Medical and sanitary report of the native army of Bengal for the year
Year: 1877
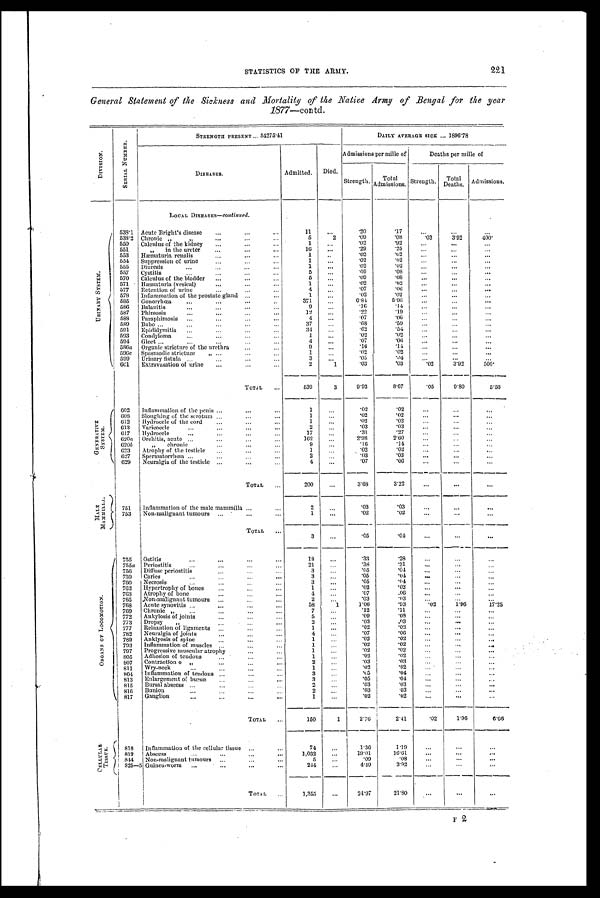
STATISTICS OF THE ARMY.
221
General Statement of the Sickness and Mortality of the Native Army of Bengal for the year
1877—contd.
D I V I S I O N .
S E R I A L N U M B E R .
S T R E N G T H P R E S E N T . . . 5 4 2 7 5 . 4 1
DAILY AVERAGE SICK ... 1896.78
Admissions per mille of
Deaths per mille of
DISEASES.
Admitted. Died.
Strength.
T o t a l A d m i s s i o n s .
Strength.
T o t a l D e a t h s . Admissions.
LOCAL DISEASES-continued.
U R I M A R Y S Y S T E M . 538.1 Acute Bright's disease...
. . .
11 ...
. 2 0
. 1 7 . . .
...
. . .
538.2 Chronic " " ...
...
. . .
5
2
. 0 9
. 0 8 . 0 3
3.92
4 0 0 .
550 Calculus of the kidney ...
. . .
. . .
1
. . .
. 0 2
. 9 2 . . .
. . .
...
551
" in the urcter . . .
. . .
. . .
16
. . .
. 2 9
. 2 5 . . .
...
...
553 Hæmaturia renalis
...
...
. . .
1 ...
. 0 2
. 0 2 . . .
. . .
. . .
554 Suppression of urine
...
. . .
1
. . .
. 0 2
. 0 2
. . .
. . .
...
555 Diuresis
...
...
...
...
1
. . .
. 0 2
. 0 2 . . .
...
...
557 Cystitis
... . . .
. . .
5 ...
. 0 9
. 0 8
...
. . .
. . .
570 Calculus of the bladder ...
...
. . .
5 ...
. 0 9
. 0 8 . . .
. . .
. . .
571 Hæmaturia (vesical)
...
...
...
1
. . .
. 0 2
. 0 2
. . .
...
...
577 Retention of urine
. . .
4 ...
. 0 7
. 0 6
...
. . .
. . .
578 Inflammation of the prostate gland ...
...
1 ...
. 0 2
. 0 2 . . .
. . .
. . .
585 Gonorrhœa ......
..
371 ...
6.84
5 . 9 6
. . .
. . .
. . .
586 Balanitis
... . . .
. . .
. . .
9
. . .
. 1 6
. 1 4 . . .
...
. . .
587 Phimosis
. . . .
. . .
...
12 ...
. 2 2
. 1 9 . . .
. . .
...
588 Paraphimosis ......
. . .
4 ...
. 0 7
. 0 6 . . .
. . .
. . .
589 Bubo ...
...
. . .
. . .
...
37 ...
. 6 8
. 5 9 . . .
. . .
...
591 Epididymitis
. . .
. . .
...
34
. . .
.62
. 5 4 . . .
. . .
. . .
593 Condyloma
. . .
. . .
. . .
...
1 ...
. 0 2
. 0 2 . . .
. . .
. . .
594 Gleet ...
...
. . .
...
4 ...
. 0 7
. 0 6 . . .
. . .
. . .
586a Organic stricture of the urethra
. . .
...
9 ...
. 1 6
. 1 4
. . .
. . .
. . .
596c Spasmodic stricture " ...
. . .
1 ...
. 0 2
. 0 2 . . .
. . .
. . .
599 Urinary fistula
. . .
...
. . .
3 ...
. 0 5
. 0 4 . . .
. . .
. . .
661 Extravasation of urine ... . . .
...
2
1
. 0 3
. 0 3 . 0 2
3.92
500.
T O T A L . . .
539
3
9.93
8.67
. 0 5
0.80
5.56
G E N E R A T I V E S Y S T E M .
602 Inflammation of the penis ...
...
...
1
. . .
. 0 2
. 0 2
. . .
. . .
...
608 Sloughing of the scrotum
...
. . .
1
. . .
. 0 2
. 0 2 . . .
. . .
. . .
612
H y d r o c e l e o f t h e c o r d
. . .
. . .
. . .
1
. . .
. 0 2
. 0 2
. . .
. . .
...
613 Varicocele . . .
. . .
...
2
. . .
. 0 3
. 0 3
. . .
. . .
. . .
617 Hydrocele
...
. . .
17
. . .
. 3 1
. 2 7 . . .
. . .
...
620a Orchitis, acute ...
...
. . .
. . .
162
. . . 2.98
2.60
. . .
. . .
. . .
620b " chronic
...
. . .
9 ...
. 1 6
. 1 4 . . .
. . .
. . .
623 Atrophy of the testicle
. . .
. . .
1
. . .
. 0 2
. 0 2
...
...
...
627 Spermatorrhœa ...
...
. . .
2
. . .
. 0 3
. 0 3
...
. . .
...
629 Neuralgia of the testicle ...
. . .
. . .
4
. . .
. 0 7
. 0 6 . . .
. . .
. . .
T O T A L . . .
200
. . . 3.68
3.22
. . .
. . .
. . .
M A L E M A M M I L L A . 751 Inflammation of the male mammilla ...
. . .
2
. . .
. 0 3
. 0 3 . . .
...
. . .
753 Non-malignant tumours ... . . . .
. . .
1 ...
. 0 2
. 0 2 . . .
. . .
. . .
TOTAL
. . .
3 ...
. 0 5
. 0 4
. . .
. . ....
O R G A N S O F L O C O M O T I O N .
755 Ostitis...
. . .
1 8
. . .
. 3 3
. 2 8
. . .
. . .
. . .
755a Periostitis
... . . .
. . .
. . .
21 ...
. 3 8
. 3 1 ...
. . .
...
756 Diffuse periostitis...
. . .
3 ...
. 0 5
. 0 4
. . .
. . .
. . .
759 Caries
. . .
. .
. . .
. . .
3
. . .
. 0 5
. 0 4 ...
. . .
. . .
760 Necrosis
...
...
...
. . .
3 ...
. 0 5
. 0 4 . . .
. . .
. . .
762 Hypertrophy of bones
. . .
1 ...
. 0 2
. 0 2
. . .
. . .
. . .
763 Atrophy of bone
. . .
4 ...
. 0 7
. 0 6
. . .
. . .
. . .
765 -Non-malignant tumours . . .
. . .
2 ...
. 0 3
. 0 3
. . .
...
. . .
768 Acute synovitis ...
. . .
. . .
. . .
58 1
1.06
. 9 3
. 0 2
1.96
17.25
769 Chronic
" . . .
. . ,
...
7 ...
. 1 2
. 1 1
. . .
. . .
. . .
772 Ankylosis of joints
. . .
. . .
5
. . .
. 0 9
. 0 8
. . .
. . .
...
773 Dropsy
" . . .
. . .
...
2
. . .
. 0 3
. 0 3
. . .
...
. . .
777 Relaxation of ligaments ...
..
. . .
1
. . .
. 0 2
. 0 2
. . .
. . .
. . .
782 Neuralgia of joints
...
...
. . .
4
. . .
. 0 7
. 0 6
. . .
...
...
789 Anklyosis of spine
...
. . .
1 ...
. 0 2
. 0 2
. . .
. . .
. . .
793 Inflammation of muscles ......
. . .
1
. . .
. 0 2
. 0 2
. . .
. . .
. . .
797 Progressive muscular atrophy
. . .
1
...
. 0 2
. 0 2 ...
. . .
. . .
805 Adhesion of tendons
... . . .
. . .
1
. . .
. 0 2
. 0 2 . . .
. . .
...
807 Contraction o "
...
...
. . .
2
. . .
. 0 3
. 0 3
. . .
. . .
. . .
811 Wry-neck
...
...
...
. . .
1 ...
. 0 2
. 0 2
. . .
. . .
. . .
804 Inflammation of tendons ... . . .
. . .
3 ...
. 0 5
.04
. . .
. . .
. . .
813 Enlargement of bursæ ...
...
3
. . .
. 0 5
. 0 4
. . .
. . .
. . .
815 Bursal abscess ...
...
...
. . .
2 ...
. 0 3
. 0 3
. . .
. . .
. . .
816 Bunion
. . .
. . .
. . .
2 ...
. 0 3
. 0 3
. . .
. . .
. . .
817 Ganglion
. ..
...
..
...
1 ...
. 0 2 . 0 2
. . .
. . .
. . .
TOTAL ...
150
1
2.76
2.41 .02
1.96
6.66
C E L L U L A B T I S S U E . 818 Inflammation of the cellular tissue . . .
. . .
74
. . .
1.36
1.19
. . .
. . .
. . .
819 Abscess
...
...
. . .
. . .
1,032 ...
19.01
16.61
. . .
. . .
...
844 Non-malignant tumours ...
...
...
5
. . .
. 0 9
. 0 8
. . .
. . .
. . .
825—5 Guinea-worm ...
... ...
...
244 ...
4.49
3 . 9 2
. . .
. . .
. . .
TOTAL
. . .
1,355 ...
24.97
21.80
. . .
. . .
. . . F 2